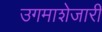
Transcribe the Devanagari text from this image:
उगमाशेजारी